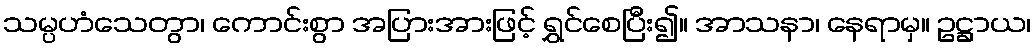
သမ္ပဟံသေတွာ၊ ကောင်းစွာ အပြားအားဖြင့် ရွှင်စေပြီး၍။ အာသနာ၊ နေရာမှ။ ဥဋ္ဌာယ၊